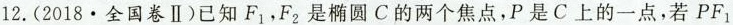
12.(2018·全国卷Ⅱ)已知F_{1}，F_{2}是椭圆C的两个焦点，P是C上的一点，若PF_{1}